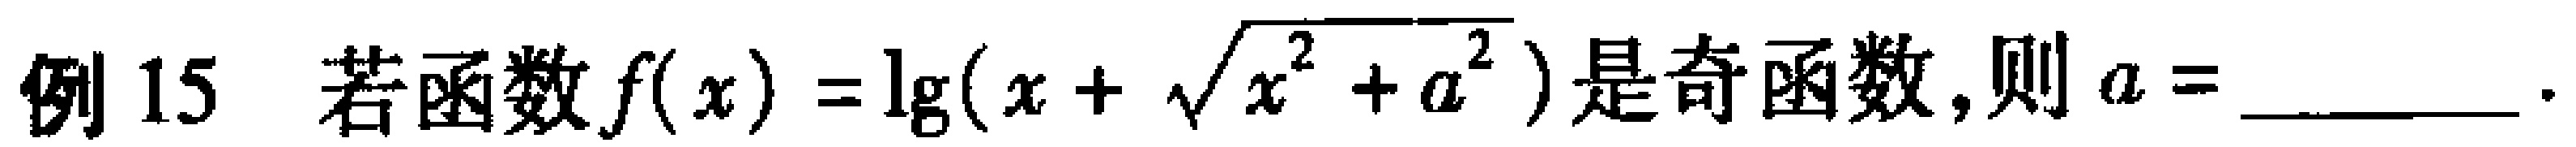
例 15 若函数\(f(x)=\lg(x + \sqrt{x^{2}+a^{2}})\)是奇函数,则\(a =\)________.